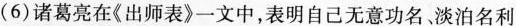
(6)诸葛亮在《出师表》一文中，表明自己无意功名淡泊名利